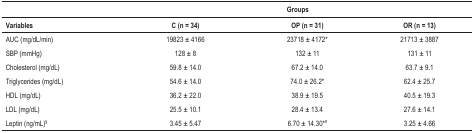
|  | <COLSPAN=3> Groups |
 | Variables | C (n= 34) | OP (n= 31) | OR (n= 13) |
 | --- | --- | --- | --- |
 | AUC (mg/dL/min) | 19823±4166 | 23718 ± 4172* | 21713±3887 |
 | SBP (mmHg) | 128 ± 8 | 132 ± 11 | 131 ± 11 |
 | Cholesterol (mg/dL) | 59.8 ± 14.0 | 67.2 ± 14.0 | 63.7 ± 9.1 |
 | Triglycerides (mg/dL) | 54.6 ± 14.0 | 74.0 ± 26.2* | 62.4 ± 25.7 |
 | HDL (mg/dL) | 36.2 ± 22.0 | 38.9 ± 19.5 | 40.5 ± 19.3 |
 | LDL (mg/dL) | 25.5 ± 10.1 | 28.4 ± 13.4 | 27.6 ± 14.1 |
 | Leptin (ng/mL)§ | 3.45 ± 5.47 | 6.70 ± 14.30*# | 3.25 ± 4.66 |